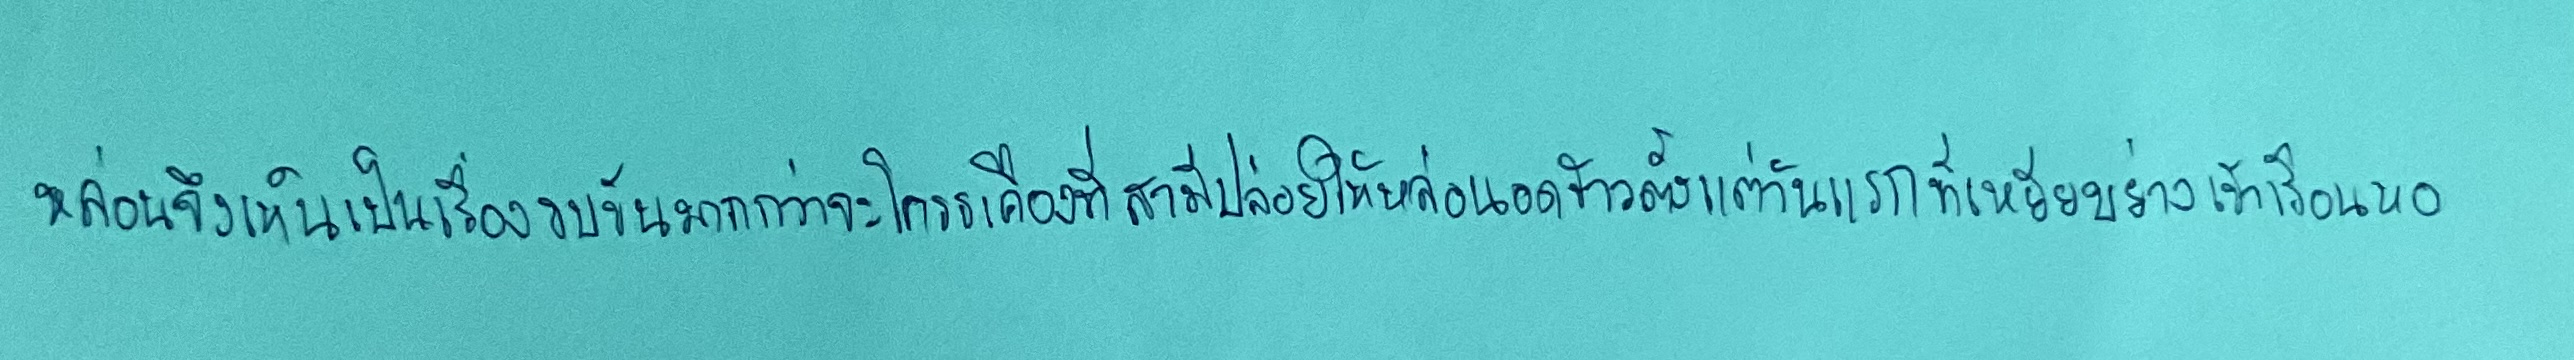
หล่อนจึงเห็นเป็นเรื่องขบขันมากกว่าจะโกรธเคืองที่สามีปล่อยให้หล่อนอดข้าวตั้งแต่วันแรกที่เหยียบย่างเข้าเรือนหอ